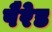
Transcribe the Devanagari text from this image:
पैरेड